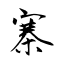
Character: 寨